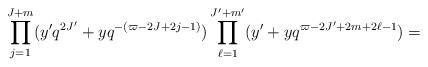
LaTeX: \begin{align*}\prod_{j=1}^{J+m}(y'q^{2J'} +yq^{-(\varpi -2J+2j-1)})\prod_{\ell=1}^{J'+m'} (y'+yq^{\varpi -2J'+2m+2\ell-1})=\end{align*}